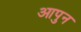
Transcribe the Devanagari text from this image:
आपुन